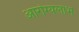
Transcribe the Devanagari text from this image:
आरोग्यलाभ